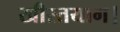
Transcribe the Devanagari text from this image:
खीस्तयाग।